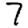
Digit: 7